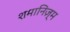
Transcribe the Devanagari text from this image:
शमानिज़्म